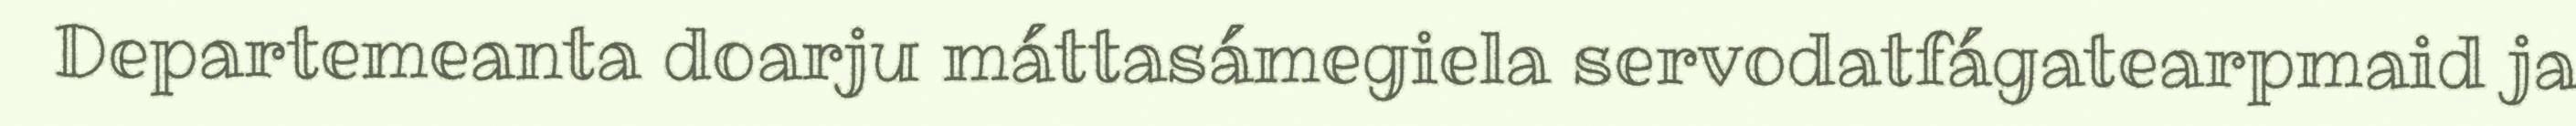
Departemeanta doarju máttasámegiela servodatfágatearpmaid ja